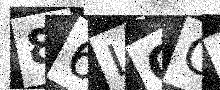
Text: 86LQCG